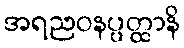
အရညဝနပ္ပတ္ထာနိ